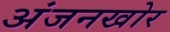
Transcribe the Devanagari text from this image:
अंजनखोर